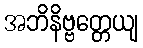
အဘိနိဗ္ဗတ္တေယျ